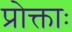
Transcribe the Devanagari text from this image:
प्रोक्ताः